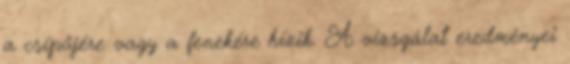
a csípőjére vagy a fenekére hízik. A vizsgálat eredményei